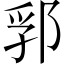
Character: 郛